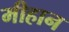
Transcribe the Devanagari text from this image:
मीहान